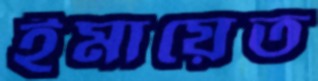
ইমায়েত